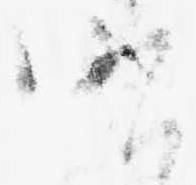
昨